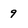
Character: 9